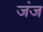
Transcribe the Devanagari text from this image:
जंज